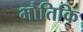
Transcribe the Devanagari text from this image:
भौतिकि